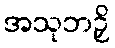
အသုဘဉှိ